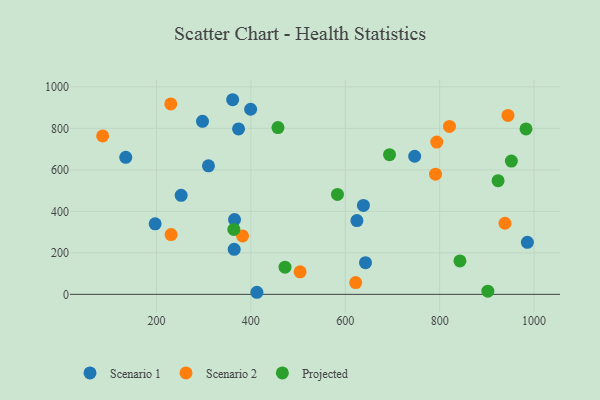
{"axis": {"x": "Speed", "y": "Profit"}, "legend": ["Projected", "Scenario 1", "Scenario 2"], "data": [{"x": "297.5", "y": 834.0, "type": "Scenario 1"}, {"x": "399.5", "y": 892.1, "type": "Scenario 1"}, {"x": "364.7", "y": 216.8, "type": "Scenario 1"}, {"x": "624.7", "y": 355.6, "type": "Scenario 1"}, {"x": "310.2", "y": 619.2, "type": "Scenario 1"}, {"x": "412.8", "y": 10.0, "type": "Scenario 1"}, {"x": "365.4", "y": 360.5, "type": "Scenario 1"}, {"x": "252.3", "y": 477.4, "type": "Scenario 1"}, {"x": "638.5", "y": 428.7, "type": "Scenario 1"}, {"x": "373.9", "y": 797.3, "type": "Scenario 1"}, {"x": "197.2", "y": 339.7, "type": "Scenario 1"}, {"x": "134.9", "y": 660.5, "type": "Scenario 1"}, {"x": "747.1", "y": 665.6, "type": "Scenario 1"}, {"x": "642.9", "y": 152.5, "type": "Scenario 1"}, {"x": "985.9", "y": 250.8, "type": "Scenario 1"}, {"x": "361.4", "y": 938.0, "type": "Scenario 1"}, {"x": "944.8", "y": 862.1, "type": "Scenario 2"}, {"x": "382.4", "y": 281.4, "type": "Scenario 2"}, {"x": "622.1", "y": 56.7, "type": "Scenario 2"}, {"x": "820.8", "y": 809.2, "type": "Scenario 2"}, {"x": "938.4", "y": 342.6, "type": "Scenario 2"}, {"x": "504.3", "y": 108.6, "type": "Scenario 2"}, {"x": "85.9", "y": 763.6, "type": "Scenario 2"}, {"x": "791.3", "y": 579.4, "type": "Scenario 2"}, {"x": "231.0", "y": 288.1, "type": "Scenario 2"}, {"x": "230.3", "y": 917.6, "type": "Scenario 2"}, {"x": "793.9", "y": 734.0, "type": "Scenario 2"}, {"x": "902.1", "y": 15.2, "type": "Projected"}, {"x": "457.4", "y": 803.6, "type": "Projected"}, {"x": "983.0", "y": 797.2, "type": "Projected"}, {"x": "472.4", "y": 131.0, "type": "Projected"}, {"x": "693.8", "y": 673.3, "type": "Projected"}, {"x": "952.0", "y": 642.4, "type": "Projected"}, {"x": "583.5", "y": 481.7, "type": "Projected"}, {"x": "843.0", "y": 161.0, "type": "Projected"}, {"x": "923.8", "y": 548.1, "type": "Projected"}, {"x": "364.0", "y": 313.0, "type": "Projected"}]}